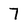
Character: 7